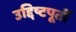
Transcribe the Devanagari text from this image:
उद्दिष्टपूर्ती